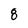
Character: 8